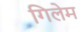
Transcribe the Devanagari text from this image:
गिलेम